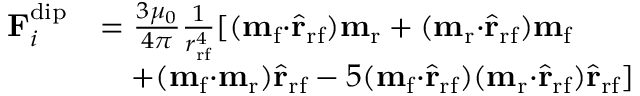
\begin{array} { r l } { \mathbf { F } _ { i } ^ { \mathrm { d i p } } } & { = \frac { 3 \mu _ { 0 } } { 4 \pi } \frac { 1 } { r _ { \mathrm { r f } } ^ { 4 } } [ ( \mathbf { m } _ { \mathrm { f } } \mathbf { \cdot } \hat { \mathbf { r } } _ { \mathrm { r f } } ) \mathbf { m } _ { \mathrm { r } } + ( \mathbf { m } _ { \mathrm { r } } \mathbf { \cdot } \hat { \mathbf { r } } _ { \mathrm { r f } } ) \mathbf { m } _ { \mathrm { f } } } \\ & { \quad + ( \mathbf { m } _ { \mathrm { f } } \mathbf { \cdot } \mathbf { m } _ { \mathrm { r } } ) \hat { \mathbf { r } } _ { \mathrm { r f } } - 5 ( \mathbf { m } _ { \mathrm { f } } \mathbf { \cdot } \hat { \mathbf { r } } _ { \mathrm { r f } } ) ( \mathbf { m } _ { \mathrm { r } } \mathbf { \cdot } \hat { \mathbf { r } } _ { \mathrm { r f } } ) \hat { \mathbf { r } } _ { \mathrm { r f } } ] } \end{array}